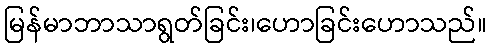
မြန်မာဘာသာရွတ်ခြင်း၊ဟောခြင်းဟောသည်။